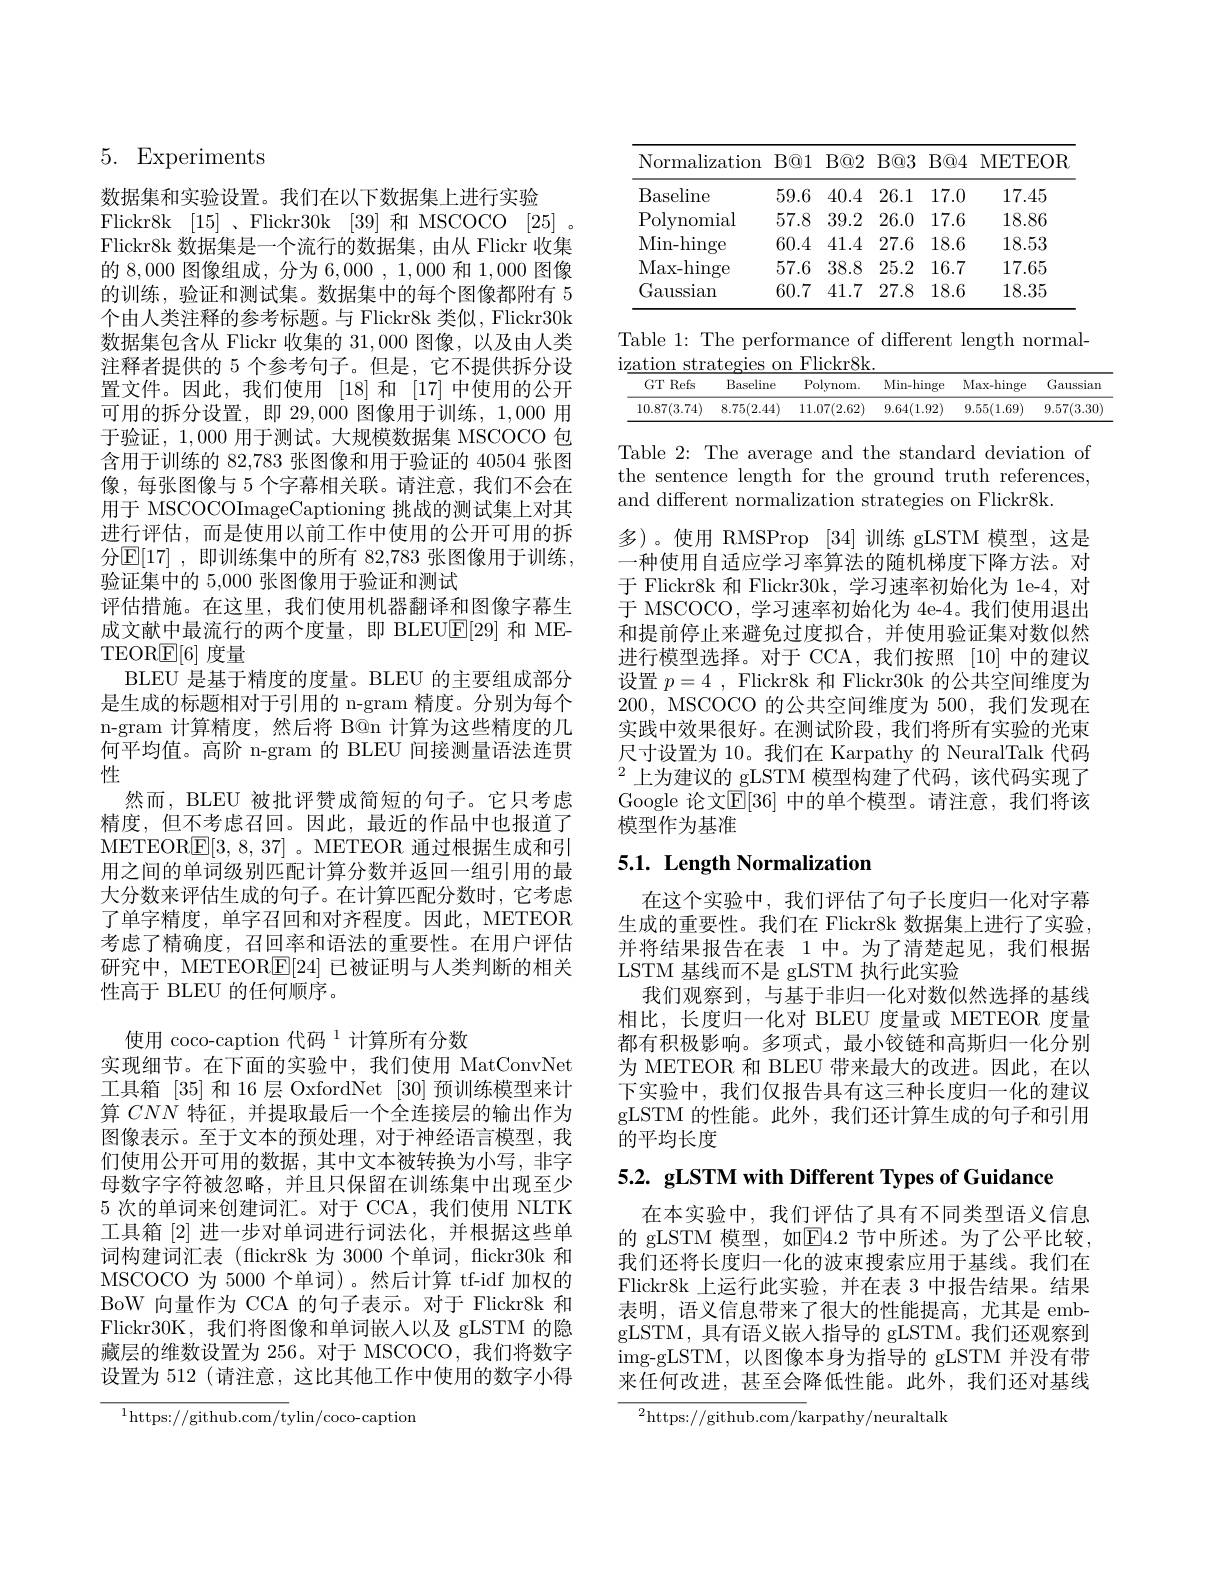
5. Experiments

数据集和实验设置。我们在以下数据集上进行实验
Flickr8k [15] 、Flickr30k [39]和 MSCOCO [25] 。Flickr8k 数据集是一个流行的数据集，由从 Flickr 收集的8，000图像组成，分为 6,000,1,000和1，000图像的训练，验证和测试集。数据集中的每个图像都附有 5个由人类注释的参考标题。与 Flickr8k 类似，Flickr30k 数据集包含从 Flickr 收集的 31,000 图像，以及由人类注释者提供的 5 个参考句子。但是，它不提供拆分设置文件。因此，我们使用 [18] 和 [17] 中使用的公开可用的拆分设置，即 29,000 图像用于训练，1,000 用于验证，1,000用于测试。大规模数据集 MSCOCO 包含用于训练的 82,783 张图像和用于验证的 40504 张图像，每张图像与 5 个字幕相关联。请注意，我们不会在用于 MSCOCOImageCaptioning 挑战的测试集上对其进行评估，而是使用以前工作中使用的公开可用的拆分$\mathbb{E}[17]$ ,即训练集中的所有 82,783 张图像用于训练， 验证集中的 5,000 张图像用于验证和测试
评估措施。在这里，我们使用机器翻译和图像字幕生成文献中最流行的两个度量，即 BLEU$\mathbb{E}[29]$和 METEORE[6]度量
BLEU 是基于精度的度量。BLEU 的主要组成部分是生成的标题相对于引用的 n-gram 精度。分别为每个n-gram 计算精度，然后将 B@n 计算为这些精度的几何平均值。高阶 n-gram 的 BLEU 间接测量语法连贯性
然而，BLEU 被批评赞成简短的句子。它只考虑精度，但不考虑召回。因此，最近的作品中也报道了METEOR$\mathbb{E}[3,8,37]$ 。METEOR 通过根据生成和引用之间的单词级别匹配计算分数并返回一组引用的最大分数来评估生成的句子。在计算匹配分数时，它考虑了单字精度，单字召回和对齐程度。因此，METEOR 考虑了精确度，召回率和语法的重要性。在用户评估研究中，METEORE[24]已被证明与人类判断的相关性高于 BLEU 的任何顺序。
使用 coco-caption 代码 $^{1}$计算所有分数
实现细节。在下面的实验中，我们使用 MatConvNet 工具箱[35]和 16 层 OxfordNet [30]预训练模型来计算$CNN$特征，并提取最后一个全连接层的输出作为图像表示。至于文本的预处理，对于神经语言模型，我们使用公开可用的数据，其中文本被转换为小写，非字母数字字符被忽略，并且只保留在训练集中出现至少5 次的单词来创建词汇。对于 CCA, 我们使用 NLTK 工具箱[2]进一步对单词进行词法化，并根据这些单词构建词汇表 (flickr8k 为 3000 个单词，flickr30k 和MSCOCO 为 5000 个单词)。然后计算 tf-idf 加权的BoW 向量作为 CCA 的句子表示。对于 Flickr8k 和Flickr30K, 我们将图像和单词嵌入以及 gLSTM 的隐藏层的维数设置为 256。对于 MSCOCO, 我们将数字设置为 512 (请注意，这比其他工作中使用的数字小得

$^{1}$https://github.com/tylin/coco-caption

<table>
	<tbody>
		<tr>
			<th>Normalization</th>
			<th>$B@1$</th>
			<th>$B@2$</th>
			<th>$B@3$</th>
			<th>$B@4$</th>
			<th>METEOR</th>
		</tr>
		<tr>
			<td>Baseline</td>
			<td>59.6</td>
			<td>40.4</td>
			<td>26.1</td>
			<td>17.0</td>
			<td>17.45</td>
		</tr>
		<tr>
			<td>Polynomial</td>
			<td>57.8</td>
			<td>39.2</td>
			<td>26.0</td>
			<td>17.6</td>
			<td>18.86</td>
		</tr>
		<tr>
			<td>Min- hinge</td>
			<td>60.4</td>
			<td>41.4</td>
			<td>27.6</td>
			<td>18.6</td>
			<td>18.53</td>
		</tr>
		<tr>
			<td>Max- hinge</td>
			<td>57.6</td>
			<td>38.8</td>
			<td>25.2</td>
			<td>16.7</td>
			<td>17.65</td>
		</tr>
		<tr>
			<td>Gaussian</td>
			<td>60.7</td>
			<td>41.7</td>
			<td>27.8</td>
			<td>18.6</td>
			<td>18.35</td>
		</tr>
	</tbody>
</table>

<table>
	<tbody>
		<tr>
			<th>$GTF$ Refs </th>
			<th>Baseline</th>
			<th>Polynom.</th>
			<th>Min- hinge</th>
			<th>Max- hinge</th>
			<th>Gaussian</th>
		</tr>
		<tr>
			<td>10.87(3.74)</td>
			<td>8.75(2.44)</td>
			<td>11.07(2.62)</td>
			<td>9.64(1.92)</td>
			<td>9.55(1.69)</td>
			<td>9.57(3.30</td>
		</tr>
	</tbody>
</table>

Table 2: The average and the standard deviation of the sentence length for the ground truth references, and different normalization strategies on Flickr8k.

多)。使用 RMSProp [34]训练 gLSTM 模型，这是一种使用自适应学习率算法的随机梯度下降方法。对于 Flickr8k 和 Flickr30k, 学习速率初始化为 1e-4, 对于 MSCOCO, 学习速率初始化为 4e-4。我们使用退出和提前停止来避免过度拟合，并使用验证集对数似然进行模型选择。对于 CCA,我们按照 [10]中的建议设置$p=4$, Flickr8k 和 Flickr30k 的公共空间维度为200, MSCOCO 的公共空间维度为 500,我们发现在实践中效果很好。在测试阶段，我们将所有实验的光束尺寸设置为 10。我们在 Karpathy 的 NeuralTalk 代码$^{2}$上为建议的 gLSTM 模型构建了代码，该代码实现了Google 论文$\mathbb{E}[36]$ 中的单个模型。请注意，我们将该模型作为基准

# 5.1. Length Normalization

在这个实验中，我们评估了句子长度归一化对字幕生成的重要性。我们在 Flickr8k 数据集上进行了实验， 并将结果报告在表 1 中。为了清楚起见，我们根据LSTM 基线而不是 gLSTM 执行此实验
我们观察到，与基于非归一化对数似然选择的基线相比，长度归一化对 BLEU 度量或 METEOR 度量都有积极影响。多项式，最小铰链和高斯归一化分别为 METEOR 和 BLEU 带来最大的改进。因此，在以下实验中，我们仅报告具有这三种长度归一化的建议gLSTM 的性能。此外，我们还计算生成的句子和引用的平均长度

$5. 2. \textbf{ gLSTM with Different Types of Guidance}$

在本实验中，我们评估了具有不同类型语义信息的 gLSTM 模型，如E4.2 节中所述。为了公平比较， 我们还将长度归一化的波束搜索应用于基线。我们在Flickr8k 上运行此实验，并在表 3 中报告结果。结果表明，语义信息带来了很大的性能提高，尤其是 embgLSTM, 具有语义嵌人指导的 gLSTM。我们还观察到img-gLSTM,以图像本身为指导的 gLSTM 并没有带来任何改进，甚至会降低性能。此外，我们还对基线

$^{2}$https://github.com/karpathy/neuraltalk